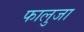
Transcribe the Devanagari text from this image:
फालुजा